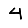
Digit: 4